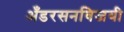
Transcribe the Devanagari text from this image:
अँडरसनविजयी